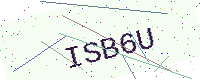
Text: ISB6U